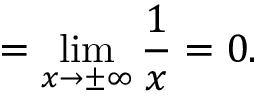
= \operatorname* { l i m } _ { x \to \pm \infty } { \frac { 1 } { x } } = 0 .